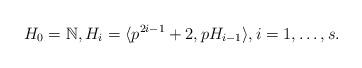
LaTeX: \begin{align*}H_0=\mathbb{N},H_i=\langle p^{2i-1}+2, pH_{i-1} \rangle, i=1,\ldots,s.\end{align*}